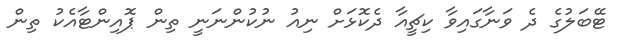
ޓޭބަލުގެ ދެ ވަނާގައިވާ ކިޗީއާ ދެކޮޅަށް ނިއު ނުކުންނަނީ ތިން ޕޮއިންޓާއެކު ތިން